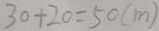
3 0 + 2 0 = 5 0 ( m )